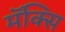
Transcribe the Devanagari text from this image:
मॅक्सि